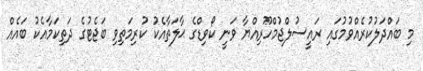
މި ބައްދަލުކުރެއްވުމުގައި ރައީސުލްޖުމްހޫރިއްޔާ ވަނީ ކޯވިޑްގެ ޙާލަތާއެކު ކުރިމަތިވި ބަޖެޓުގެ ދަތިކަމާއެކު ބައެއް